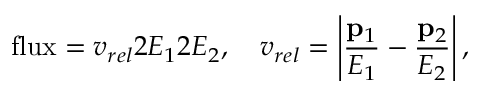
\mathrm { f l u x } = v _ { r e l } 2 E _ { 1 } 2 E _ { 2 } , \quad v _ { r e l } = \left\vert { \frac { { \bf p } _ { 1 } } { E _ { 1 } } } - { \frac { { \bf p } _ { 2 } } { E _ { 2 } } } \right\vert ,